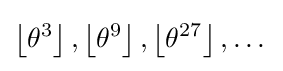
\left\lfloor \theta ^{3}\right\rfloor ,\left\lfloor \theta ^{9}\right\rfloor ,\left\lfloor \theta ^{27}\right\rfloor ,\dots